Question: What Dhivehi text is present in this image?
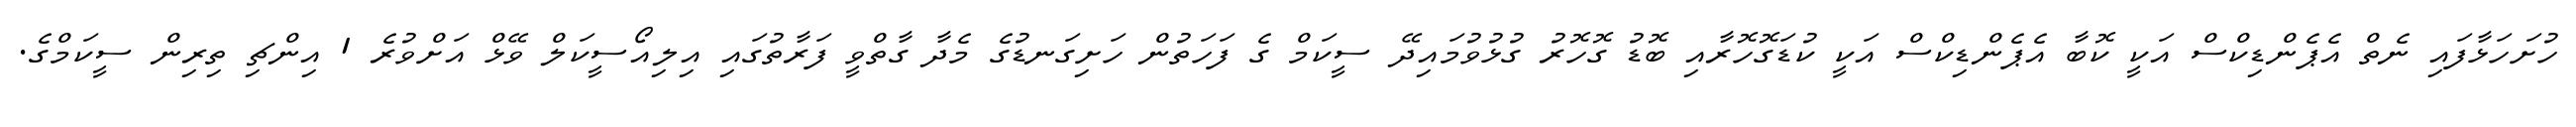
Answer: ހުށަހަޅާފައި ނެތް އެޕެންޑިކްސް އަކީ ކޮބާ އެޕެންޑިކްސް އަކީ ކުޑަގޮހޮރާއި ބޮޑު ގޮހޮރު ގުޅުވުމައިދޭ ސީކަމް ގެ ފަހަތުން ހަށިގަނޑުގެ މެދާ ގާތްވީ ފަރާތުގައި އިލިއޯސީކަލް ވޭޅް އަށްވުރެ 1 އިންޗި ތިރިން ސީކަމްގެ.